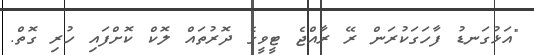
"އަޅުގަނޑު ފާހަގަކުރަން ރޭ ރާއްޖެ ޓީވީގެ ދޮރުތައް ލޮކް ކޮށްފައި ހުރި ގޮތް.